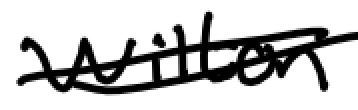
Text: Wilton
Cross-out: double-line
Writing tool: digital_black